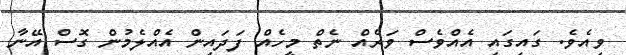
ވިއެވެ. ގައިގައި އެއްވެސް ވަރެއް ނެތް މީހެއް ފަދައިން އެއްލެމުން ގޮސް އޭނާ